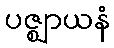
ပဇ္ဈာယနံ